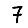
Digit: 7